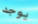
يوجد